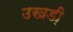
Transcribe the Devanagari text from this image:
उखडी़